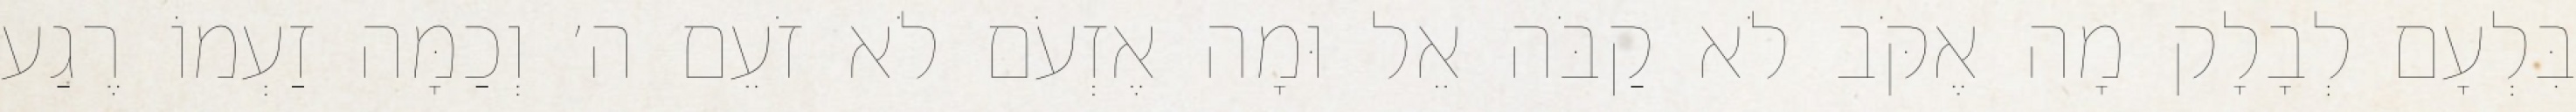
בִּלְעָם לְבָלָק מָה אֶקֹּב לֹא קַבֹּה אֵל וּמָה אֶזְעֹם לֹא זֹעֵם ה׳ וְכַמָּה זַעְמוֹ רֶגַע